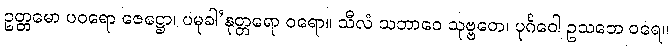
ဥတ္တမော ပဝရော ဇေဋ္ဌော၊ ပမုခါ’နုတ္တရော ဝရော။ သီလံ သဘာဝေ သုဗ္ဗတေ၊ ပုင်္ဂဝေါ ဥသဘေ ဝရေ။